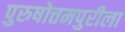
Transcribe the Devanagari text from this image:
पुरुषोत्तमपुरीला